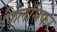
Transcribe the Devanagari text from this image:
फिलॉसफर